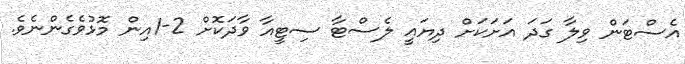
އެސްޓަން ވިލާ ގަދަ އަށަކަށް ދިޔައީ ލެސްޓާ ސިޓީއާ ވާދަކޮށް 2-1އިން މޮޅުވެގެންނެވެ.